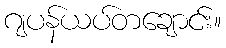
ဂျပန်ယပ်တချောင်း။